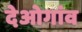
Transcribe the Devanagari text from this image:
देओगांव